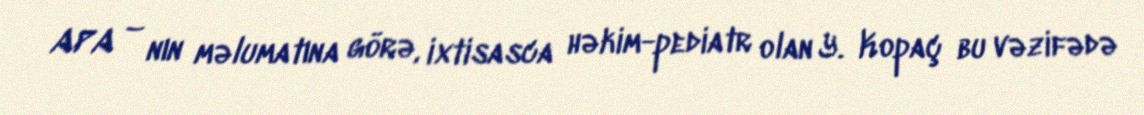
APA – nın məlumatına görə, ixtisasca həkim-pediatr olan Y. Kopaç bu vəzifədə